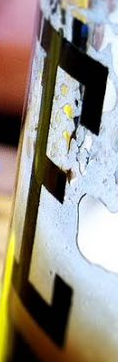
E